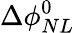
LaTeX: \Delta\phi_{NL}^{0}